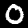
Digit: 0